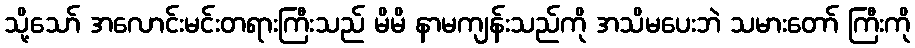
သို့သော် အလောင်းမင်းတရားကြီးသည် မိမိ နာမကျန်းသည်ကို အသိမပေးဘဲ သမားတော် ကြီးကို